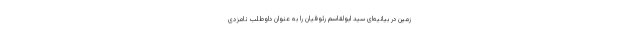
زمین در بیانیه‌ای سید ابولقاسم رئوفیان را به عنوان داوطلب نامزدی